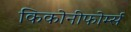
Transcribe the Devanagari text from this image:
किकोनीफोर्म्स